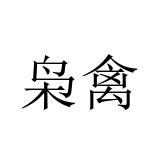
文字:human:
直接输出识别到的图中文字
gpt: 枭禽